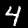
Label: 4